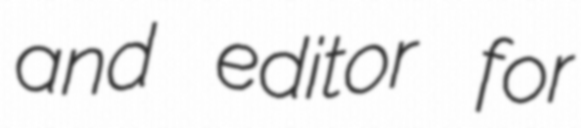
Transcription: and editor for